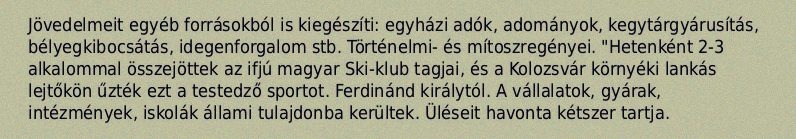
Jövedelmeit egyéb forrásokból is kiegészíti: egyházi adók, adományok, kegytárgyárusítás, bélyegkibocsátás, idegenforgalom stb. Történelmi- és mítoszregényei. "Hetenként 2-3 alkalommal összejöttek az ifjú magyar Ski-klub tagjai, és a Kolozsvár környéki lankás lejtőkön űzték ezt a testedző sportot. Ferdinánd királytól. A vállalatok, gyárak, intézmények, iskolák állami tulajdonba kerültek. Üléseit havonta kétszer tartja.